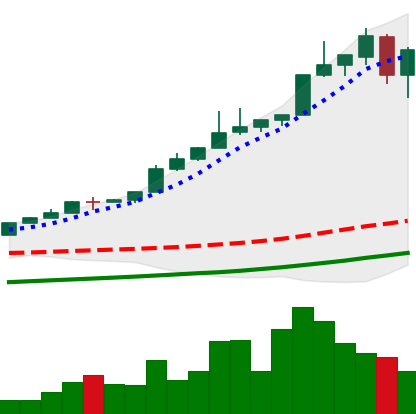
Ticker: BTC-USD
Chart end date: 2017-05-13
Forward return: 4.64%
Label: up_3_5